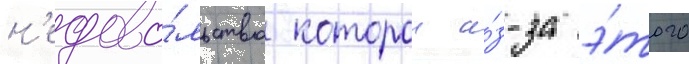
н'едово́льство которои и́з-за э́того